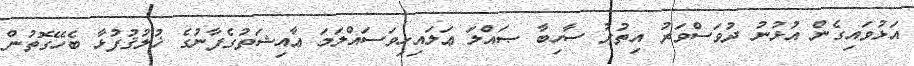
އަޅުވައިގެން އުޅުނު ދުވަސްވަރު އިތުރު ސާހިބާ ޞައްލަ ޢަލައިހިވަސައްލަމަ ޢާއިޝަތުގެފާނުގެ ޚުލުޤުފުޅާ ބެހޭގޮތުން